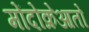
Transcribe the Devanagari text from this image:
मोंदोक्रेआतो